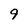
Character: 9